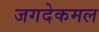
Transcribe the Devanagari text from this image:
जगदेकमल